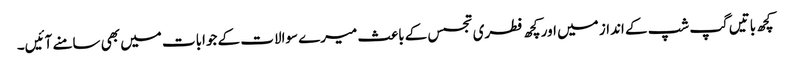
کچھ باتیں گپ شپ کے انداز میں اور کچھ فطری تجسس کے باعث میرے سوالات کے جوابات میں بھی سامنے آئیں۔